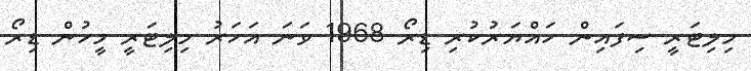
މިލިޓަރީ ސިފައިން ހައްޔަރުކުރި ޑިރޯ 1968 ވަނަ އަހަރު މިލިޓަރީ މީހުން ޑިރޯ